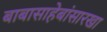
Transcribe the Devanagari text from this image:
बाबासाहेबांसारखा